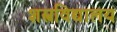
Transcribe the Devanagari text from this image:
शस्त्रविद्यालय